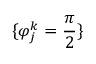
\{ { \varphi } _ { j } ^ { k } = \frac { \pi } { 2 } \}